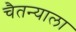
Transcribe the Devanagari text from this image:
चैतन्याला